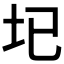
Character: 𡉏